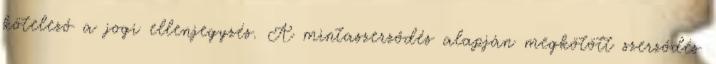
kötelező a jogi ellenjegyzés. A mintaszerződés alapján megkötött szerződés